Calcutta medical institutions reports 1871-78
Year: 1871
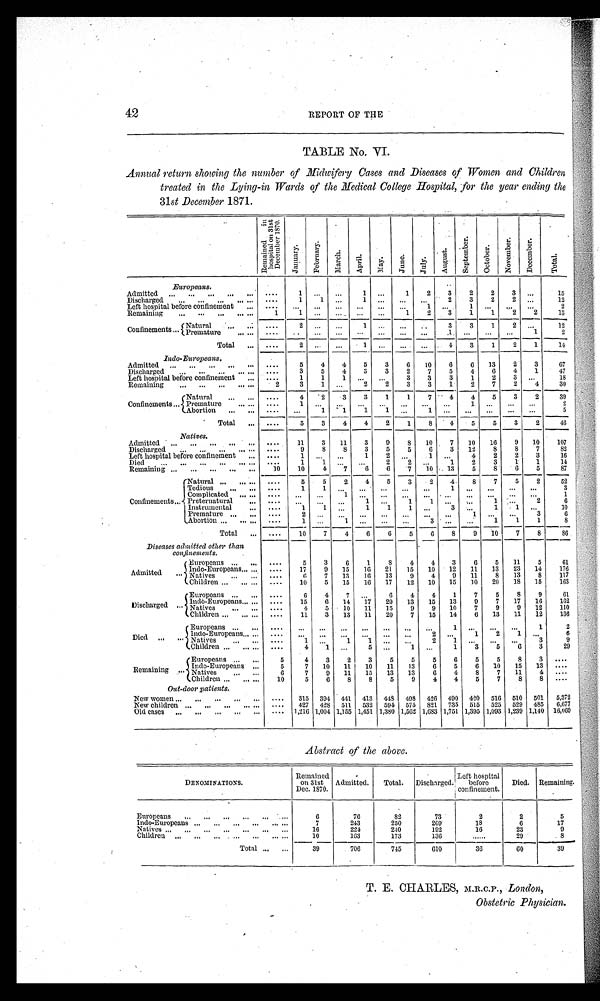
42
REPORT OF THE
TABLE No. VI.
Annual return showing the number of Midwifery Cases and Diseases of Women and Children
treated in the Lying-in Wards of the Medical College Hospital, for the year ending the
31st December 1871.
R e m a i n e d i n
h o s p i t a l o n 3 1 s t
December
1870.
J a n u a r y .
F e b r u a r y .
Ma r c h. Apr i l . May. J une.
J u l y .
August.
S e p t e m b e r .
October.
N o v e m b e r .
D e c e n v e r .
T o t a l .
Europeans.
Admitted
. . . ... ... ... ... ....
1
. . .
. . . 1 ...
1
2
3
2
2
3 ...
15
Discharged
. . .
. . . ...
. . .
...
. . . . 1
1 ...
1 ...
... ...
2
3
2
2 ...
12
Left hospital before confinement ... ....
...
. . . ... ...
...
...
1 ...
1 ...
... ...
2
Remaining
. . . ... ...
. . ....
1
1 ... ... ... ...
1
2
3
1
1
2
2
13
Confinements ... Natural
. . .
...
. . . .
2
. . .
. . . 1 ... ...
. . 3
3
1
2 ...
12
Premature
. . .
...
. . . .
. . . . .
. . . ... ...
. . . . . .
1
. . . ...
... 1
2
Total ... ....
2 ...
...
1 ... ...
...
4
3
1
2
1
14
Indo-Europeans.
Admitted ... ... ... ... ... ....
5
4
4
5
3
6 10
6
6 13
2
3
67
Discharged ... ... ... ... ... ....
3
5
4
3
3
2
7
5
4
6
4
1
47
Left hospital before confinement ... ....
1
1 1
... ... 3
3
3
1
2
3 ...
18
Remaining
...
. . . ... ... ...
2
3
1 ...
2
2
3
3
1
2
7
2
4
30
Confinements ...
Natural
... ... ....
4
2
3 3
1 1
' 7
4
4
5
3
2
39
Premature
... ... ....
1
. . . ...
... ... ...
. . .
...
1
...
...
. . .
2
Abortion ... ... ....
. . .
1 1
1
1
. . . 1 ...
...
... ...
...
5
Total ... ....
5
3
4
4
2
1
8
4
5
5
3
2
46
Natives.
Admitted ... ... ... ... ... ....
11
3 11
3
9
8 10
7 10 16
9 10
107
Discharged
. . .
. . . ...
. . .
...
. . . .
9
8
8
3
5
5
6
3 12
8
8
7
82
Left hospital before confinement ... ....
1 ...
...
1
2 ...
1 ...
4
2
2
3
16
Died
. . .
. . .
. . . ...
. . .
...
. . . .
1
1
. . . ... 2
2 ...
1
2
3
1
1
1 4
Remaining ... ... ... ... ...
10
10
4
7
6 6
7 10 13
5
8
6
5
87
Confinements ...
Natural ... ... ...
. . . .
5
5
2
4
5
3
2
4
8
7 5
2
52
Tedious
. . . ...
. . . .
1
1 ... ...
...
...
...
1 ... ... ... ...
3
Complicated
. . .
...
. . . .
...
...
1
... ...
... ... ...
. . . ... ... ...
1
Preternatural
. . . . . . .
...
. . .
. . . 1 ...
1
1 ...
. . .
1 ...
2
6
Instrumental
... ....
1
1 ...
1
1
1 ...
3
. . .
1
1 ...
10
Premature ... ... ....
12
. . . ...
...
...
...
...
...
1 ... ...
3
6
Abortion ... ... ... ....
1
. . .
1
... ...
. . .
3
...
. . . 1
1
1
8
Total ... ....
10
7
4
6
6
5
6
8
9 10
7
8
86
Diseases admitted other than
confinements.
Admitted
A d m i t t e d . . .
Europeans ... ... ....
5
3
6
1
8
4
4
3
6
5 11
5
61
Indo-Europeans
... .... ....
17
9 15 16 21
15 10 12 11 13 23 14
176
Natives
. . . ...
. . . . 6
7 13 16 13
9
4
9 11
8 13
8
117
Children ... ... ... ....
10
5 15 16 17 12 10 15 10 20 18 15
163
Discharged
D i s c h a r g e d . . .
Europeans . . . ... ....
6
4
7
. . .
6
4
4
1
7
5
8
9
61
Indo-Europeans... ... ....
15
6 14 17 20 13 15 13
9
7 17 16
162
Natives
. . . . . ...
. . . . 4
5 10 11 15
9
9 10
7
9
9 12
110
Children...
. . .
...
. . . . 11
3 13 11 20
7 15 14
6 13 11 12
136
Died ... ...
Europeans
. . . ...
. . . .
. . .
. . .
. . . ... ...
. . .
. . .
1
... ... ...
1
2
Indo-Europeans ...
... ....
...
... ... ...
...
...
2
...
1
2
1
. . .
6
Natives
. . .
... ....
1 ...
1
1 ...
...
2
1 ...
...
...
3
9
Children
...
... ... ....
4
1 ...
5
. . .
1
...
1
3
5
6
3
29
Remaining ...
Europeans ... ...
5
4
3
2
3
5
5
5
6
5
5
8
3 ....
Indo-Europeans
...
5
7 10 11 10 11 13
6
5
6 10 15 13 . . . .
Natives
...
...
6
7
9 11 15 13 13
6
4
8
7 11
4 . . . .
Children ... ...
...
10
5
6
8
8
5
9
4
4
5
7
8
8 . . . .
Out-door patients.
New women ... ... ... ... ... .... 315 394 441 413 448 498 426 490 420 516 510 501 5,372
New children
...
...
...
...
... .... 427 428 511 532 594 575 821 735 515 525 529 485 6,677
Old cases ... ... ... ...
... .... 1,216 1,004 1,155 1,451 1,380 1,562 1,683 1,751 1,395 1,093 1,239 1,140 16,069
Abstract of the above.
DENOMINATIONS.
Remained
on 31st
Dec. 1870.
Admitted. Total. Discharged.
Left hospital
before
confinement.
Died. Remaining.
Europeans
. . .
. . .
. . .
. . .
. . .
. . .
6
76
82
73
2
2
5
Indo-Europeans ... ... ... ... ... ...
7
243
250
209
18
6
17
Natives ... ... ... ... ... ... ...
16
224
240
192
16
23
9
Children ... ... ... ... ... ... ...
10
163
173
136
......
29
8
Total . . .
. . .
39
706
745
610
36
60
39
T. E. CHARLES, M.R.C.P., London,
Obstetric Physician.